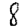
Digit: 8